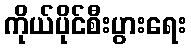
ကိုယ်ပိုင်စီးပွားရေး